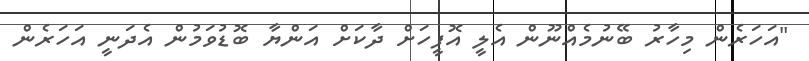
"އަހަރެން މިހާރު ބޭނުމެއްނޫން އެލީ އޮފީހަށް ދާކަށް އަންޔާ ބޮޑުވަމުން އެދަނީ އަހަރެން